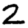
Digit: 2